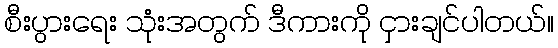
စီးပွားရေး သုံးအတွက် ဒီကားကို ငှားချင်ပါတယ်။